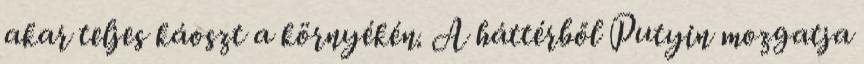
akar teljes káoszt a környékén. A háttérből Putyin mozgatja